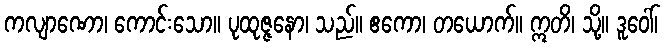
ကလျာဏော၊ ကောင်းသော။ ပုထုဇ္ဇနော၊ သည်။ ဧကော၊ တယောက်။ ဣတိ၊ သို့။ ဒူဝေါ်၊